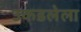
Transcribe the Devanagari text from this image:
उकडलेला